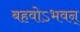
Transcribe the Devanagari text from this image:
बहवोऽभवन्